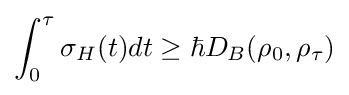
\int _{0}^{\tau }\sigma _{H}(t)dt\geq \hbar D_{B}(\rho _{0},\rho _{\tau })